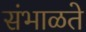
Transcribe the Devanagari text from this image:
संभाळते